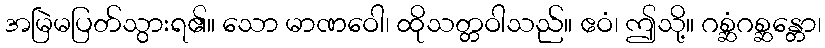
အမြဲမပြတ်သွားရ၏။ သော မာဏဝေါ၊ ထိုသတ္တဝါသည်။ ဧဝံ၊ ဤသို့။ ဂစ္ဆံဂစ္ဆန္တော၊